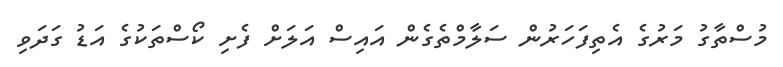
މުސްތާގު މަރުގެ އެތިފަހަރުން ސަލާމްތެގެން އައިސް އަލަށް ފެށި ކޯސްތަކުގެ އަޑު ގަދަވި